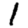
Digit: 1